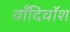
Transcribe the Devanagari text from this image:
वाँदिवॉश